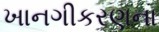
ખાનગીકરણના